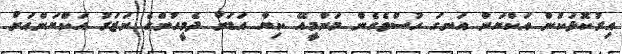
އިރުކޮޅަކުން އަކްޔަން އަނގަ ހުސްވެގެން މަންމީއޭ ކިޔާ އަޑަށް ދެމީހުންގެ ނަޒަރު އަކްޔަންއަށް